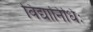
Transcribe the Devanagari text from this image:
विद्यानिधिः